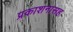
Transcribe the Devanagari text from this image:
प्रकाशनासह